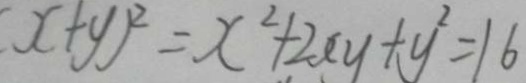
( x + y ) ^ { 2 } = x ^ { 2 } + 2 x y + y ^ { 2 } = 1 6